Civil Veterinary Dept. Bombay admin report 1932-41 - 1932-1941
Year: 1932
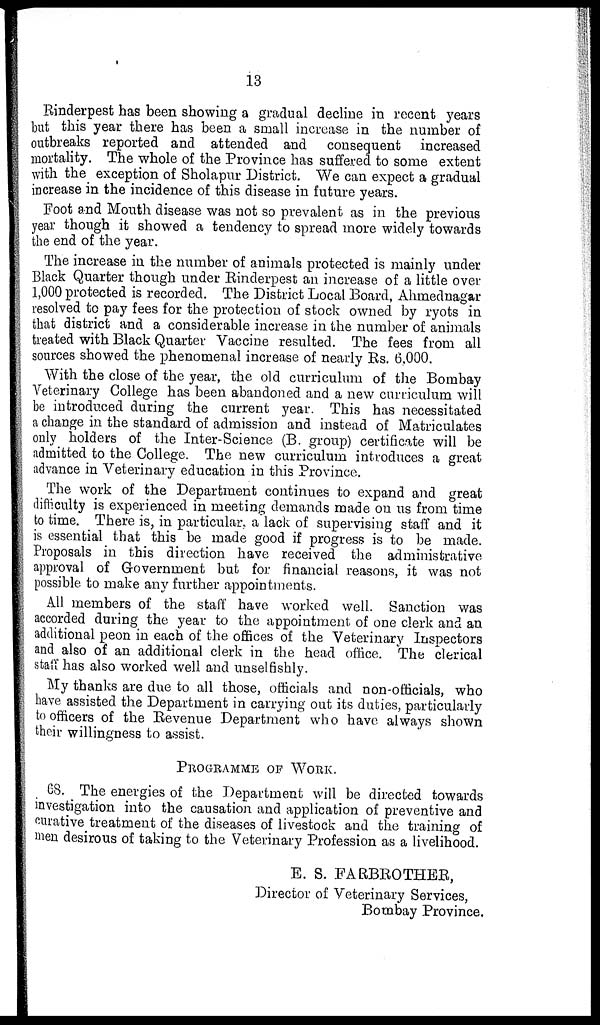
13
Rinderpest has been showing a gradual decline in recent years
but this year there has been a small increase in the number of
outbreaks reported and attended and consequent increased
mortality. The whole of the Province has suffered to some extent
with the exception of Sholapur District. We can expect a gradual
increase in the incidence of this disease in future years.
Foot and Mouth disease was not so prevalent as in the previous
year though it showed a tendency to spread more widely towards
the end of the year.
The increase in the number of animals protected is mainly under
Black Quarter though under Rinderpest an increase of a little over
1,000 protected is recorded. The District Local Board, Ahmednagar
resolved to pay fees for the protection of stock owned by ryots in
that district and a considerable increase in the number of animals
treated with Black Quarter Vaccine resulted. The fees from all
sources showed the phenomenal increase of nearly Rs. 6,000.
With the close of the year, the old curriculum of the Bombay
Veterinary College has been abandoned and a new curriculum will
be introduced during the current year. This has necessitated
a change in the standard of admission and instead of Matriculates
only holders of the Inter-Science (B. group) certificate will be
admitted to the College. The new curriculum introduces a great
advance in Veterinary education in this Province.
The work of the Department continues to expand and great
difficulty is experienced in meeting demands made on us from time
to time. There is, in particular, a lack of supervising staff and it
is essential that this be made good if progress is to be made.
Proposals in this direction have received the administrative
approval of Government but for financial reasons, it was not
possible to make any further appointments.
All members of the staff have worked well. Sanction was
accorded during the year to the appointment of one clerk and an
additional peon in each of the offices of the Veterinary Inspectors
and also of an additional clerk in the head office. The clerical
staff has also worked well and unselfishly.
My thanks are due to all those, officials and non-officials, who
have assisted the Department in carrying out its duties, particularly
to officers of the Revenue Department who have always shown
their willingness to assist.
PROGRAMME OF WORK.
68. The energies of the Department will be directed towards
investigation into the causation and application of preventive and
curative treatment of the diseases of livestock and the training of
men desirous of taking to the Veterinary Profession as a livelihood.
E. S. FARBROTHER,
Director of Veterinary Services,
Bombay Province.